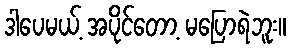
ဒါပေမယ့် အပိုင်တော့ မပြောရဲဘူး။